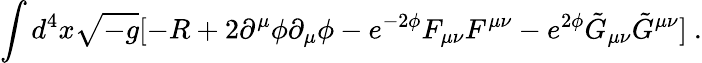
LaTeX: \int{d^{4}x\sqrt{-g}[-R+2\partial^{\mu}\phi\partial_{\mu}\phi-e^{-2\phi}F_{\mu\nu}F^{\mu\nu}-e^{2\phi}\tilde{G}_{\mu\nu}\tilde{G}^{\mu\nu}]}\ .